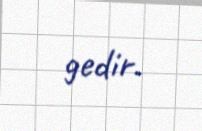
gedir.